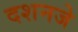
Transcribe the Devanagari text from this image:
दशनजे